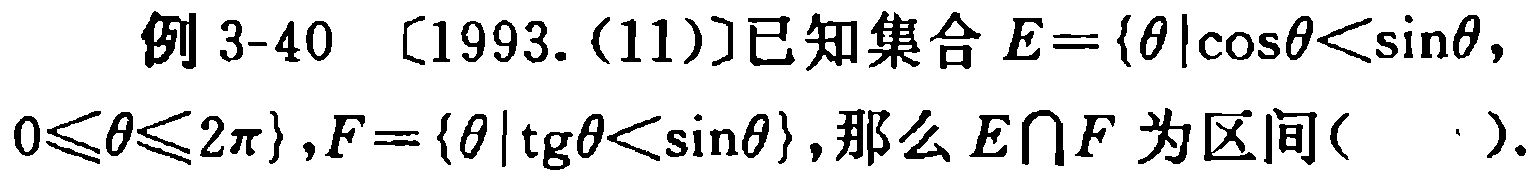
例 3-40 〔1993.(11)〕已知集合 \(E = \{ \theta|\cos\theta<\sin\theta, 0\leqslant\theta\leqslant 2\pi\},F = \{ \theta|\text{tg}\theta<\sin\theta\}\),那么 \(E\cap F\) 为区间(  ).